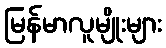
မြန်မာလူမျိုးများ